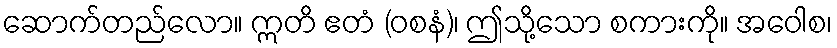
ဆောက်တည်လော။ ဣတိ ဧတံ (ဝစနံ)၊ ဤသို့သော စကားကို။ အဝေါစ၊